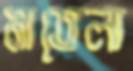
মাতেলা